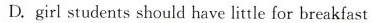
D.girl students should have little for breakfast